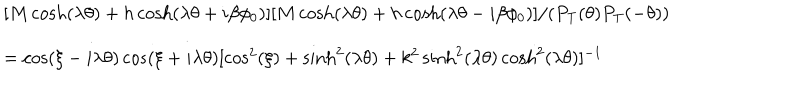
\begin{array} { l l } { { } } & { { [ M \cosh ( \lambda \theta ) + h \cosh ( \lambda \theta + i \beta \phi _ { 0 } ) ] [ M \cosh ( \lambda \theta ) + { h } \cosh ( \lambda \theta - i \beta \phi _ { 0 } ) ] / ( P _ { \mathrm { T } } ( \theta ) P _ { \mathrm { T } } ( - \theta ) ) } } \\ { { } } & { { = \cos ( \xi - i \lambda \theta ) \cos ( \xi + i \lambda \theta ) [ \cos ^ { 2 } ( \xi ) + \sinh ^ { 2 } ( \lambda \theta ) + k ^ { 2 } \sinh ^ { 2 } ( \lambda \theta ) \cosh ^ { 2 } ( \lambda \theta ) ] ^ { - 1 } } } \\ \end{array}